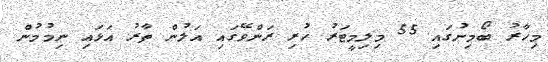
މިހާރު ބޯމިނުގައި 55 މިލިމީޓަރު ހުރި ރަންވޭގައި އަލުން ތާރު އަޅައި ނިމުމުން